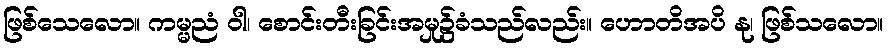
ဖြစ်သေလော။ ကမ္မညံ ဝါ၊ စောင်းတီးခြင်းအမှု၌ခံသည်လည်း။ ဟောတိအပိ နု၊ ဖြစ်သလော။